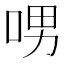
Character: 𠲸